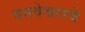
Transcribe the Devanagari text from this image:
बसवेश्वराचे